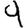
Digit: 9